Annual report on the mental hospital in the Central Provinces and Berar (Nagpur) - 1927-1951
Year: 1927
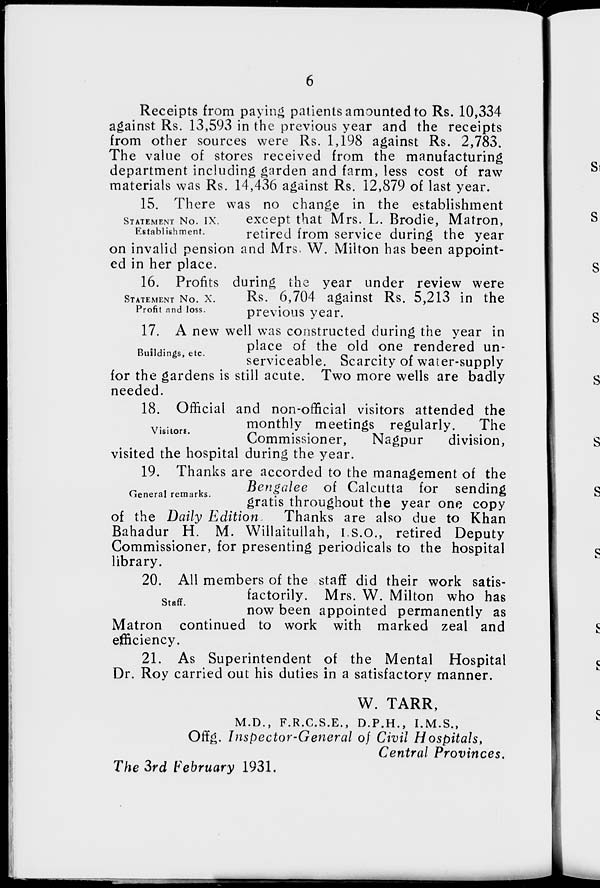
6
Receipts from paying patients amounted to Rs. 10,334
against Rs. 13,593 in the previous year and the receipts
from other sources were Rs. 1,198 against Rs. 2,783.
The value of stores received from the manufacturing
department including garden and farm, less cost of raw
materials was Rs. 14,436 against Rs. 12,879 of last year.
STATEMENT NO. IX.
Establishment.
15. There was no change in the establishment
except that Mrs. L. Brodie, Matron,
retired from service during the year
on invalid pension and Mrs. W. Milton has been appoint-
ed in her place.
STATEMENT NO. X.
Profit and loss.
16. Profits during the year under review were
Rs. 6,704 against Rs. 5,213 in the
previous year.
Buildings, etc.
17. A new well was constructed during the year in
place of the old one rendered un-
serviceable. Scarcity of water-supply
for the gardens is still acute. Two more wells are badly
needed.
Visitors.
18. Official and non-official visitors attended the
monthly meetings regularly.
The
Commissioner,
Nagpur
division,
visited the hospital during the year.
General remarks.
19. Thanks are accorded to the management of the
Bengalee of Calcutta for sending
gratis throughout the year one copy
of the Daily Edition. Thanks are also due to Khan
Bahadur H. M. Willaitullah, I.S.O., retired Deputy
Commissioner, for presenting periodicals to the hospital
library.
Staff.
20. All members of the staff did their work satis-
factorily. Mrs. W. Milton who has
now been appointed permanently as
Matron continued to work with marked zeal and
efficiency.
21. As Superintendent of the Mental Hospital
Dr. Roy carried out his duties in a satisfactory manner.
W. TARR,
M.D., F.R.C.S.E., D.P.H., I.M.S.,
Offg. Inspector-General of Civil Hospitals,
Central Provinces.
The 3rd February 1931.